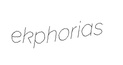
ekphorias